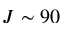
J \sim 9 0